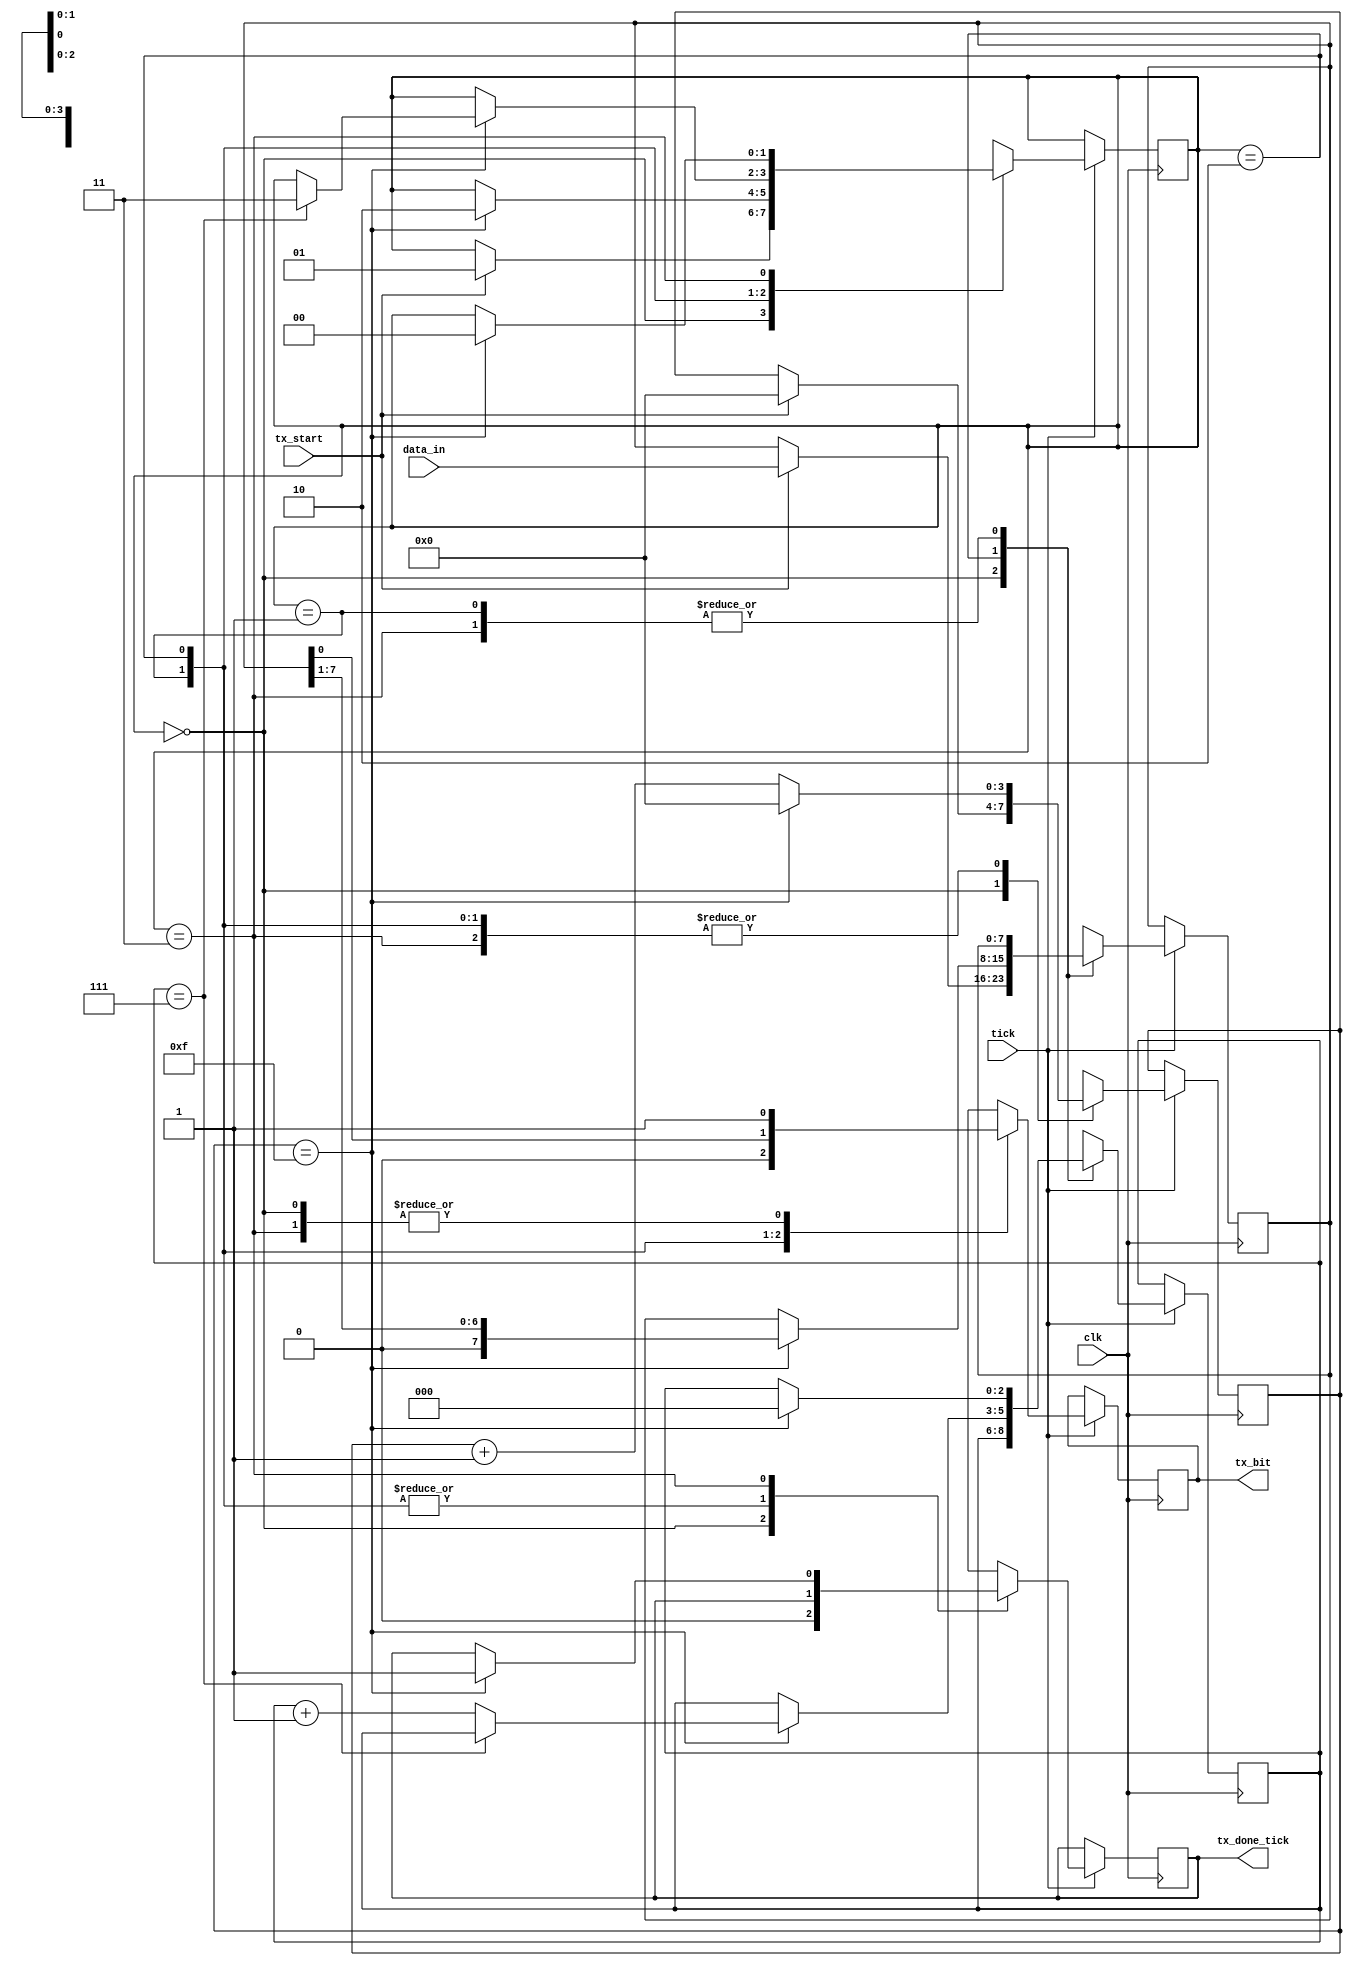
`timescale 1ns / 1ps
//////////////////////////////////////////////////////////////////////////////////
//	Alumnos:
//					 Ortmann, Nestor Javier
// 				 Trejo, Bruno Guillermo
// Year: 		 2018
// Module Name: TX
//////////////////////////////////////////////////////////////////////////////////


`define NBIT_DATA_LEN 8

module TX
(
	// inputs
	clk,
	tx_start,	// Inicio de la transmision
	tick,			// clock salida del br_gen
	data_in,		// resultado de la ALU que me lo pasa la interfaz

	// outputs
	tx_done_tick,	// fin de la transmision (se lo manda a la interfaz)
	tx_bit			// el dato que se transmite
);

parameter NBIT_DATA = `NBIT_DATA_LEN;	// largo del dato
parameter LEN_DATA = 3;				   	//$clog2(NBIT_DATA); 
parameter NUM_TICKS = 16;
parameter LEN_NUM_TICKS = 4;				//$clog2(NUM_TICKS); 

input clk;
input tx_start;
input tick;
input [NBIT_DATA-1:0] data_in;

output reg tx_done_tick=1'b0;
output tx_bit;

// Declaracion de estados
localparam [1:0] IDLE 	= 2'b 00;
localparam [1:0] START 	= 2'b 01;
localparam [1:0] DATA	= 2'b 10;
localparam [1:0] STOP 	= 2'b 11;

// declaracion de registros auxiliares
reg [1:0] state=IDLE;
reg [LEN_NUM_TICKS - 1:0] tick_counter=0;
reg [LEN_DATA - 1:0] num_bits=0;
reg [NBIT_DATA - 1:0] buffer=0;
reg tx_reg=1'b1;

assign tx_bit = tx_reg;

always @(posedge clk)
begin
	if(tick)
	begin
		case (state)
			IDLE:
				begin
					tx_reg = 1'b1; // avisa que esta en idle
					tx_done_tick=1'b0;
					if (tx_start) // cuando la interfaz me dice q empiece, empiezo
					begin
						state = START;
						tick_counter = 0;
						buffer = data_in;	
					end
				end
			START:
				begin
					tx_reg = 1'b0; // soy yo (Tx) quien tengo que avisar que empieza la trama
					if(tick_counter == NUM_TICKS-1) // ahora no me interesa posicionarme en el medio, sino que tengo que asegurarme que el bit va a estar en cero durante 16 ticks 
					begin
						state = DATA; // paso al estado DATA cuando termina el bit START
						tick_counter = 0;
						num_bits = 0;
					end
					else 
					begin
						tick_counter = tick_counter + 1;	
					end
				end
			DATA:
				begin
					tx_reg = buffer[0]; // empiezo a mandar el dato (escribiendolo en tx_reg, el cual esta cortocircuitado con tx_bit que es la salida al exterior)
					if(tick_counter == NUM_TICKS-1) // idem antes, espero 16 veces
					begin
						tick_counter = 0;
						buffer = buffer >> 1; // es para leer siempre desde la misma posicion
						if(num_bits == (NBIT_DATA - 1))
						begin
							state = STOP;
						end
						else 
						begin
							num_bits = num_bits + 1;	
						end
					end
					else 
					begin
						tick_counter = tick_counter + 1;	
					end
				end
			STOP:
				begin
					tx_reg = 1'b1; // el bit de stop esta definido como 1 (ademas, hay que dejarlo en 1 para que despues quede en IDLE y se detecte el START cuando se ponga en 0)
					if(tick_counter == (NUM_TICKS - 1))
					begin
						state = IDLE;
						tick_counter = 0;
						num_bits = 0;
						tx_done_tick = 1'b1;
					end
					else 
					begin
						tick_counter = tick_counter + 1;	
					end
				end

			default:
				begin
					state = IDLE; 
					tick_counter = 0; 
					num_bits = 0; 
					buffer = 0;
					tx_reg = 1'b1;
				end
	endcase
	end
end
endmodule